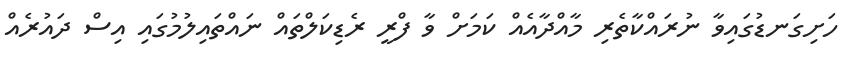
ހަށިގަނޑުގައިވާ ނުރައްކާތެރި މާއްދާއެއް ކަމަށް ވާ ފްރީ ރެޑިކަލްތައް ނައްތައިލުމުގައި އިސް ދައުރެއް